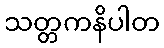
သတ္တကနိပါတ